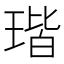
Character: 瑎